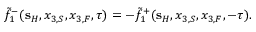
\tilde { f } _ { 1 } ^ { - } ( { \bf s } _ { H } , x _ { 3 , S } , x _ { 3 , F } , \tau ) = - \tilde { f } _ { 1 } ^ { + } ( { \bf s } _ { H } , x _ { 3 , S } , x _ { 3 , F } , - \tau ) .